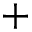
+